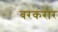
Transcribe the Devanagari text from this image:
बरकरार